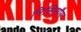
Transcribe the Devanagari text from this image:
मिसिसौग